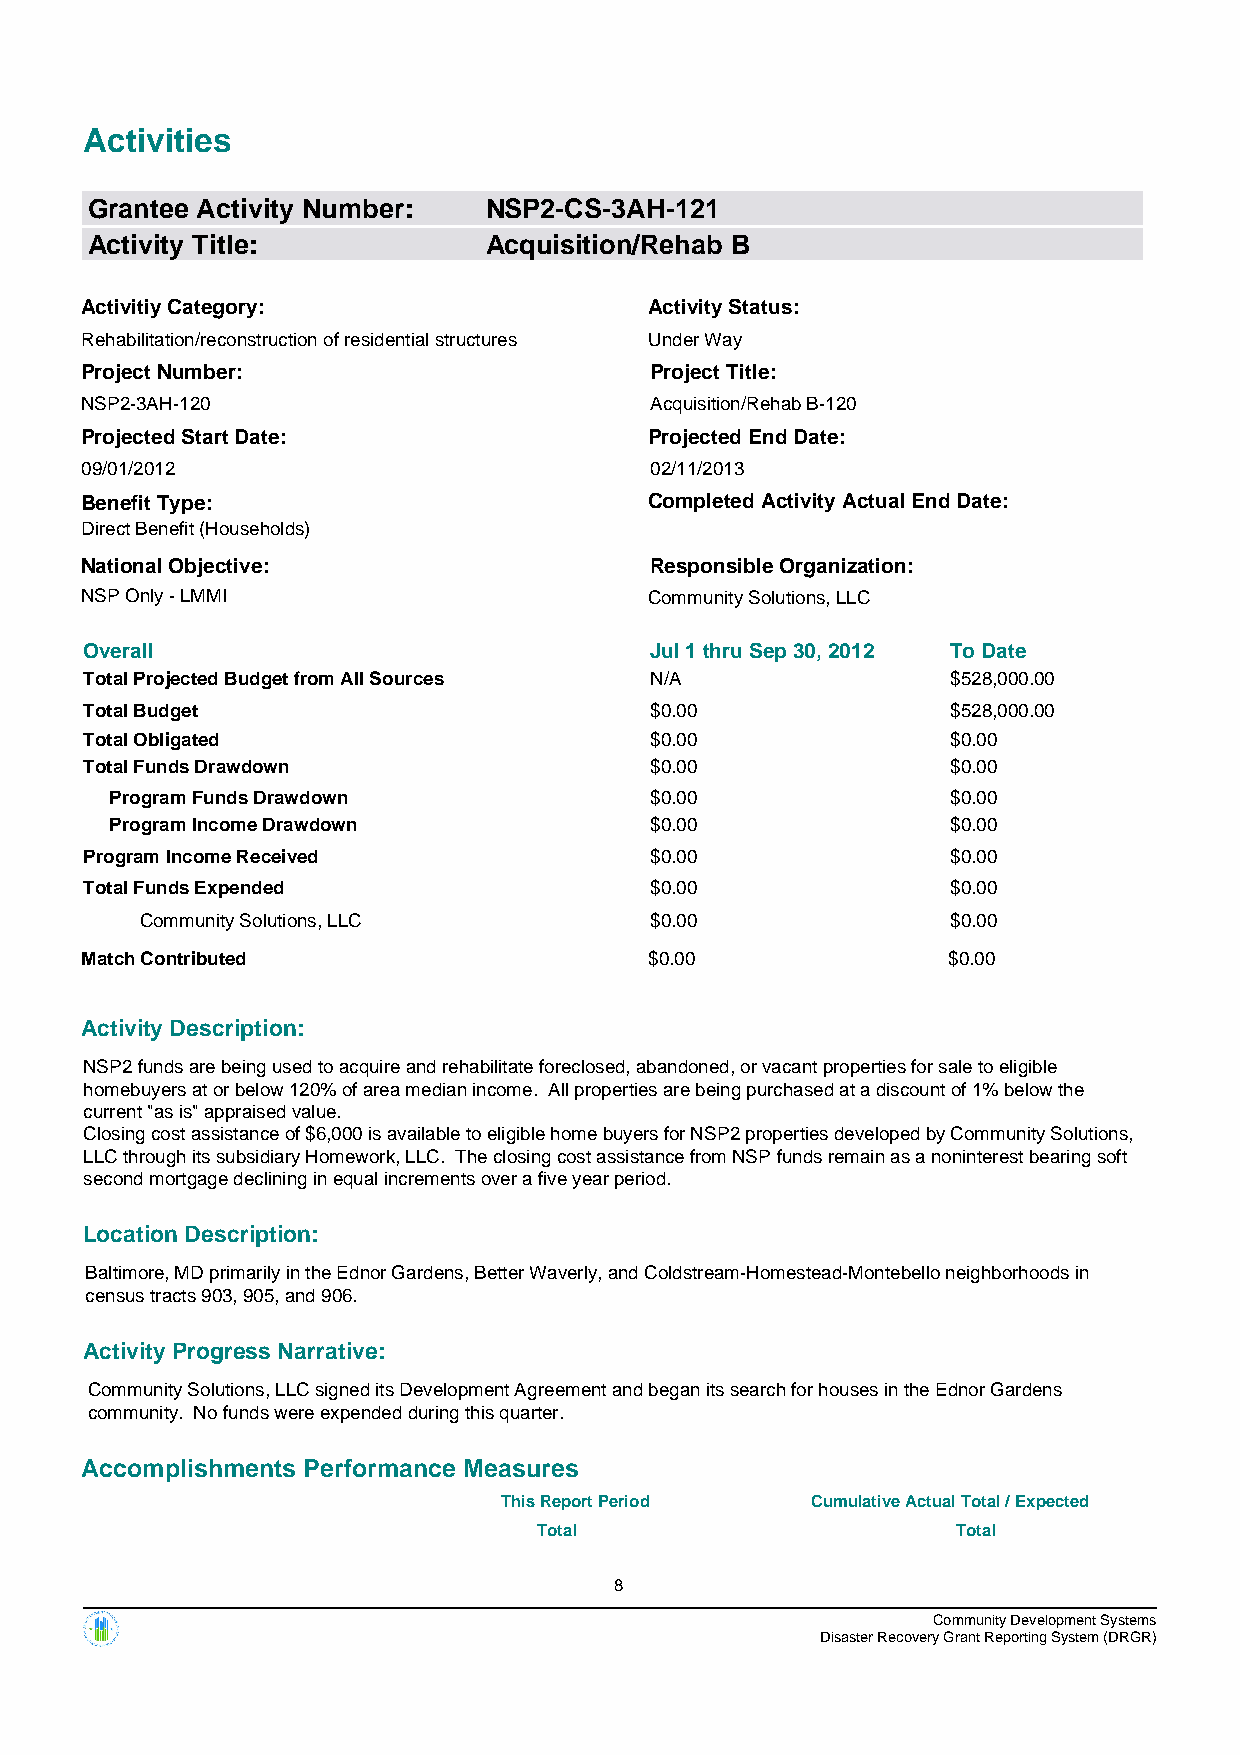
Activities
 Grantee Activity Number:  NSP2-CS-3AH-121
 Activity Title:           Acquisition/Rehab B
 Activitiy Category:                   Activity Status:
 Rehabilitation/reconstruction of residential structures Under Way
 Project Number:                       Project Title:
 NSP2-3AH-120                          Acquisition/Rehab B-120
 Projected Start Date:                 Projected End Date:
 09/01/2012                            02/11/2013
 Benefit Type:                         Completed Activity Actual End Date:
 Direct Benefit (Households)
 National Objective:                   Responsible Organization:
 NSP Only - LMMI                       Community Solutions, LLC
 Overall                              Jul 1 thru Sep 30, 2012 To Date
 Total Projected Budget from All Sources N/A              $528,000.00
 Total Budget                         $0.00               $528,000.00
 Total Obligated                      $0.00               $0.00
 Total Funds Drawdown                 $0.00               $0.00
 Program Funds Drawdown              $0.00               $0.00
 Program Income Drawdown             $0.00               $0.00
 Program Income Received              $0.00               $0.00
 Total Funds Expended                 $0.00               $0.00
 Community Solutions, LLC          $0.00               $0.00
 Match Contributed                     $0.00               $0.00
 Activity Description:
 NSP2 funds are being used to acquire and rehabilitate foreclosed, abandoned, or vacant properties for sale to eligible
 homebuyers at or below 120% of area median income. All properties are being purchased at a discount of 1% below the
 current "as is" appraised value.
 Closing cost assistance of $6,000 is available to eligible home buyers for NSP2 properties developed by Community Solutions,
 LLC through its subsidiary Homework, LLC. The closing cost assistance from NSP funds remain as a noninterest bearing soft
 second mortgage declining in equal increments over a five year period.
 Location Description:
 Baltimore, MD primarily in the Ednor Gardens, Better Waverly, and Coldstream-Homestead-Montebello neighborhoods in
 census tracts 903, 905, and 906.
 Activity Progress Narrative:
 Community Solutions, LLC signed its Development Agreement and began its search for houses in the Ednor Gardens
 community. No funds were expended during this quarter.
 Accomplishments Performance Measures
 This Report Period   Cumulative Actual Total / Expected
 Total                      Total
 8
 Community Development Systems
 Disaster Recovery Grant Reporting System (DRGR)